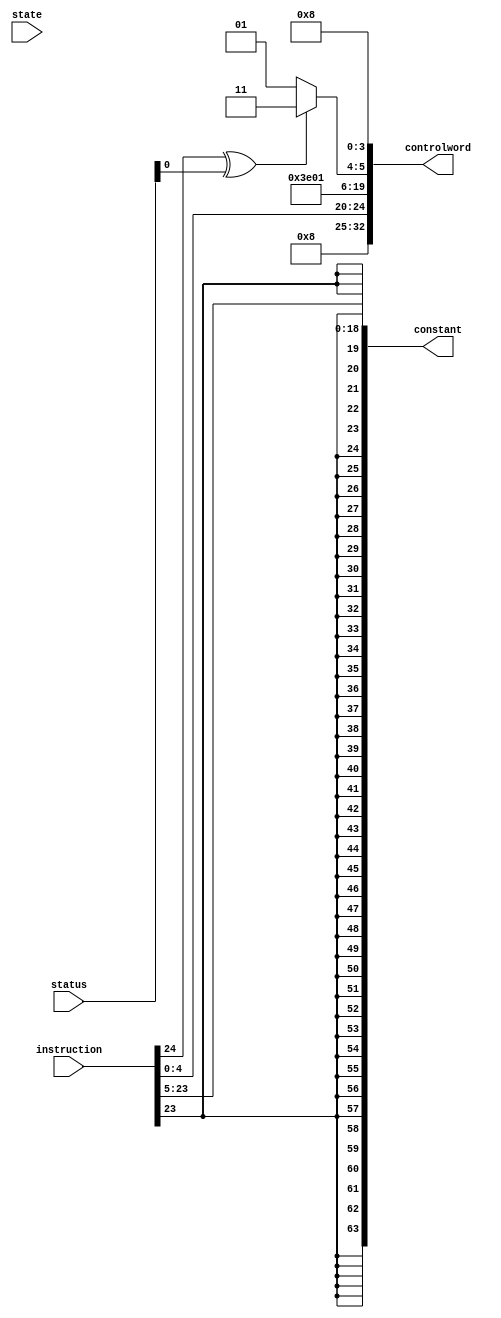
module cbz_cbnz_decoder(instruction, state, status, controlword, constant); // double check if correct

    input [31:0] instruction;
    input [1:0] state;
    input [4:0] status;
    output [32:0] controlword;
    output [63:0] constant;

    wire databus_alu_enable;
    wire alu_b_select;
    wire [4:0] alu_function_select;

    wire databus_register_file_b_enable;
    wire [4:0] register_file_select_a;
    wire [4:0] register_file_select_b;
    wire [4:0] register_file_address;
    wire register_file_write;

    wire databus_ram_enable;
    wire ram_write;
    wire [1:0] next_state;

    wire databus_program_counter_enable;
    wire [1:0] program_counter_function_select;
    wire program_counter_input_select;

    wire status_load;

    assign constant = {{45{instruction[23]}}, instruction[23:5]};

    assign controlword = {
        databus_alu_enable,
        alu_b_select,
        alu_function_select,
        databus_register_file_b_enable,
        register_file_select_a,
        register_file_select_b,
        register_file_address,
        register_file_write,
        databus_ram_enable,
        ram_write,
        databus_program_counter_enable,
        program_counter_function_select,
        program_counter_input_select,
        status_load,
        next_state
    };

    wire branching = instruction[24] ^ status[0];
    assign databus_alu_enable = 1'b0;
    assign alu_b_select = 1'b0;
    assign alu_function_select = 5'b00100;
    assign databus_register_file_b_enable = 1'b0;
    assign register_file_select_a = instruction[4:0];
    assign register_file_select_b = 5'd31;
    assign register_file_address = 5'b0;
    assign register_file_write = 1'b0;
    assign databus_ram_enable = 1'b0;
    assign ram_write = 1'b0;
    assign databus_program_counter_enable = 1'b1;
    assign program_counter_function_select = branching ? 2'b11 : 2'b01;
    assign program_counter_input_select = 1'b1;
    assign status_load = 1'b0;
    assign next_state = 2'b00;

endmodule